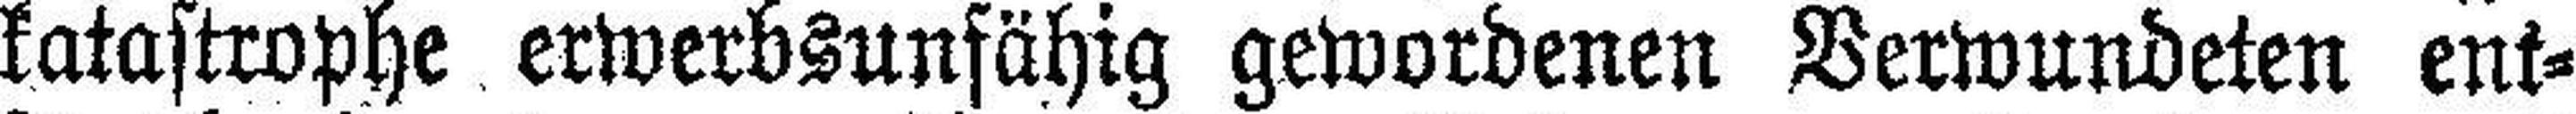
katastrophe erwerbsunfähig gewordenen Verwundeten ent¬